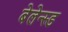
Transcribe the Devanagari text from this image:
बेलेन्स्ड